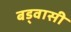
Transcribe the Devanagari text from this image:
बड्वासी